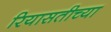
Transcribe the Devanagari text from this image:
रियासतीच्या